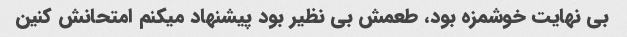
بی نهایت خوشمزه بود، طعمش بی نظیر بود پیشنهاد میکنم امتحانش کنین